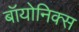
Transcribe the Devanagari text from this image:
बॉयोनिक्स